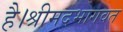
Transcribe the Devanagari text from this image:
है।श्रीमदभागवत